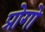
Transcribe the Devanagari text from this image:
प्रोगो